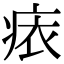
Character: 𧙜